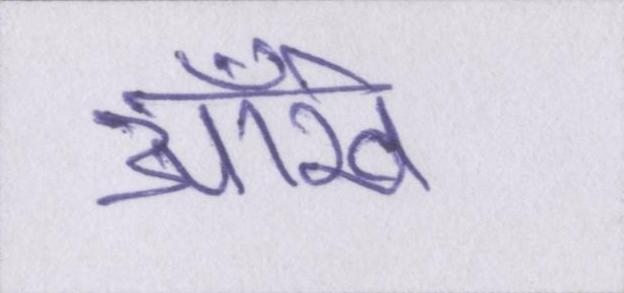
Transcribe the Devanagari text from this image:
आँखे